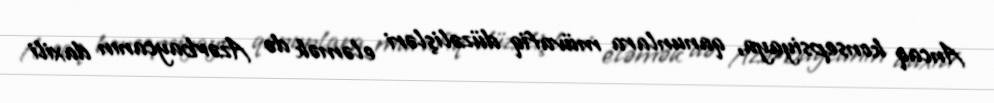
Ancaq konsepsiyaya, qanunlara müvafiq düzəlişləri eləmək də Azərbaycanın daxili